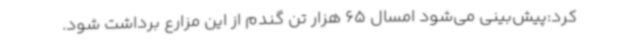
کرد:پیش‌بینی می‌شود امسال 65 هزار تن گندم از این مزارع برداشت شود.